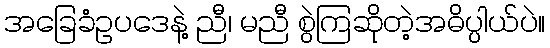
အခြေခံဥပဒေနဲ့ ညီ၊ မညီ စွဲကြဆိုတဲ့အဓိပ္ပါယ်ပဲ။